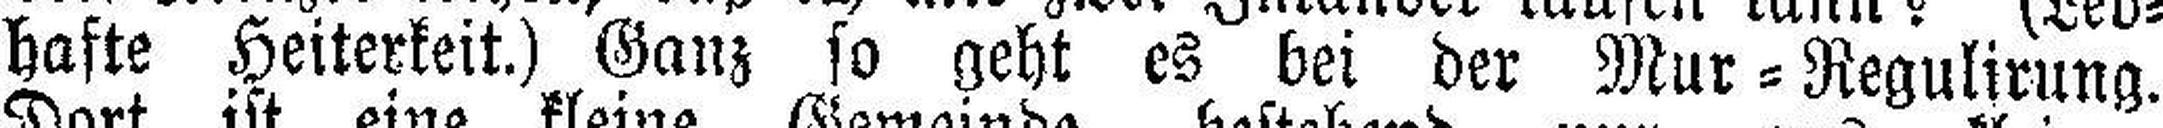
hafte Heiterkeit.) Ganz so geht es bei der Mur=Regulirung.